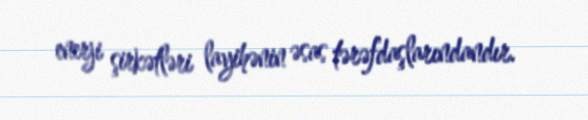
enerji şirkətləri layihənin əsas tərəfdaşlarındandır.